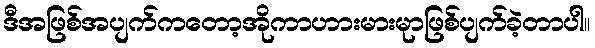
ဒီအဖြစ်အပျက်ကတော့အိုကာဟားမားမုာဖြစ်ပျက်ခဲ့တာပါ။